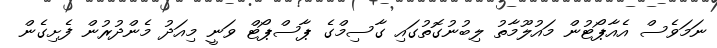
ނަމަވެސް އެއާޕޯޓުން މައުލޫމާތު ލިބުނުގޮތުގައި ގާސިމްގެ ޕާސްޕޯޓް ވަނީ މިއަދު މެންދުރުން ފެށިގެން